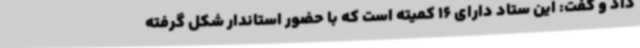
داد و گفت: این ستاد دارای 16 کمیته است که با حضور استاندار شکل گرفته